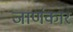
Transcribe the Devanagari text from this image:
जाणंकार